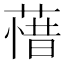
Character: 𮶲